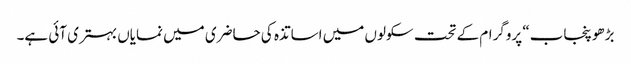
بڑھو پنجاب“ پروگرام کے تحت سکولوں میں اساتذہ کی حاضری میں نمایاں بہتری آئی ہے۔